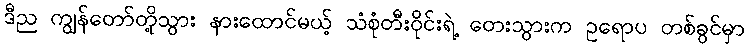
ဒီည ကျွန်တော်တို့သွား နားထောင်မယ့် သံစုံတီးဝိုင်းရဲ့ တေးသွားက ဥရောပ တစ်ခွင်မှာ